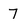
Character: 7